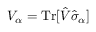
V _ { \alpha } = \mathrm { T r } [ \hat { V } \hat { \sigma } _ { \alpha } ]